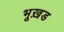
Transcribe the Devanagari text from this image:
भूख़ड